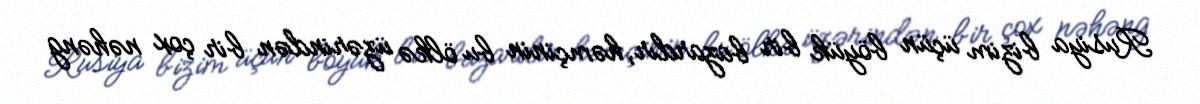
Rusiya bizim üçün böyük bir bazardır, həmçinin bu ölkə üzərindən bir çox nəhəng